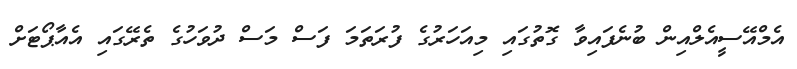
އެމްއޭސީއެލްއިން ބުނެފައިވާ ގޮތުގައި މިއަހަރުގެ ފުރަތަމަ ފަސް މަސް ދުވަހުގެ ތެރޭގައި އެއާޕޯޓަށް